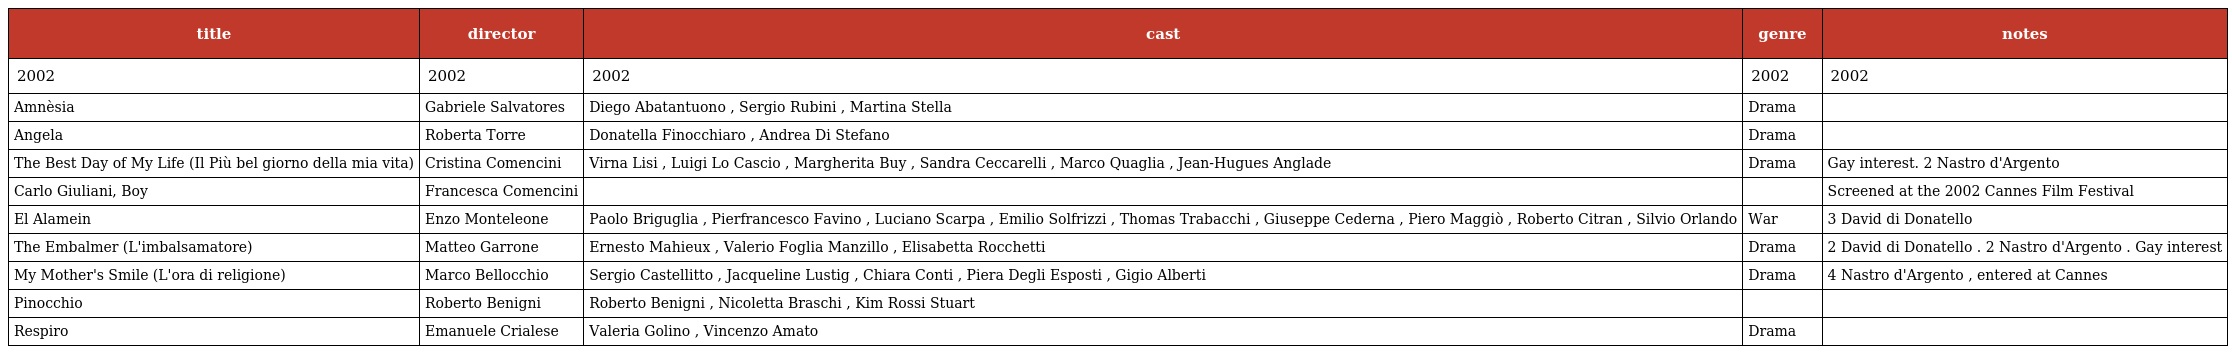
| title | director | cast | genre | notes |
 | --- | --- | --- | --- | --- |
 | 2002 | 2002 | 2002 | 2002 | 2002 |
 | Amnèsia | Gabriele Salvatores | Diego Abatantuono , Sergio Rubini , Martina Stella | Drama |  |
 | Angela | Roberta Torre | Donatella Finocchiaro , Andrea Di Stefano | Drama |  |
 | The Best Day of My Life (Il Più bel giorno della mia vita) | Cristina Comencini | Virna Lisi , Luigi Lo Cascio , Margherita Buy , Sandra Ceccarelli , Marco Quaglia , Jean-Hugues Anglade | Drama | Gay interest. 2 Nastro d'Argento |
 | Carlo Giuliani, Boy | Francesca Comencini |  |  | Screened at the 2002 Cannes Film Festival |
 | El Alamein | Enzo Monteleone | Paolo Briguglia , Pierfrancesco Favino , Luciano Scarpa , Emilio Solfrizzi , Thomas Trabacchi , Giuseppe Cederna , Piero Maggiò , Roberto Citran , Silvio Orlando | War | 3 David di Donatello |
 | The Embalmer (L'imbalsamatore) | Matteo Garrone | Ernesto Mahieux , Valerio Foglia Manzillo , Elisabetta Rocchetti | Drama | 2 David di Donatello . 2 Nastro d'Argento . Gay interest |
 | My Mother's Smile (L'ora di religione) | Marco Bellocchio | Sergio Castellitto , Jacqueline Lustig , Chiara Conti , Piera Degli Esposti , Gigio Alberti | Drama | 4 Nastro d'Argento , entered at Cannes |
 | Pinocchio | Roberto Benigni | Roberto Benigni , Nicoletta Braschi , Kim Rossi Stuart |  |  |
 | Respiro | Emanuele Crialese | Valeria Golino , Vincenzo Amato | Drama |  |